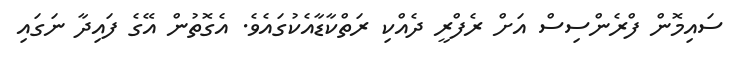
ސައިމޮން ފްރެންސިސް އަށް ރެފްރީ ދެއްކި ރަތްކާޑާއެކުގައެވެ. އެގޮތުން އޭގެ ފައިދާ ނަގައި